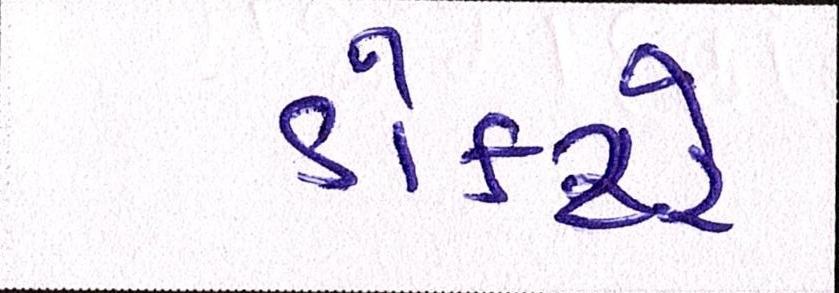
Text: ડોક્ટરે